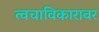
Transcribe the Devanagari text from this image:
त्वचाविकारावर